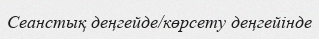
Сеанстық деңгейде/көрсету деңгейінде